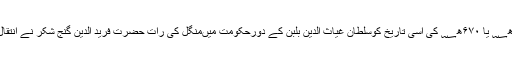
۶۶۸ھ؁ یا ۶۷۰ھ؁ کی اسی تاریخ کوسلطان غیاث الدین بلبن کے دورحکومت میںمنگل کی رات حضرت فرید الدین گنج شکرؒ نے انتقال کیا۔